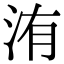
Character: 洧